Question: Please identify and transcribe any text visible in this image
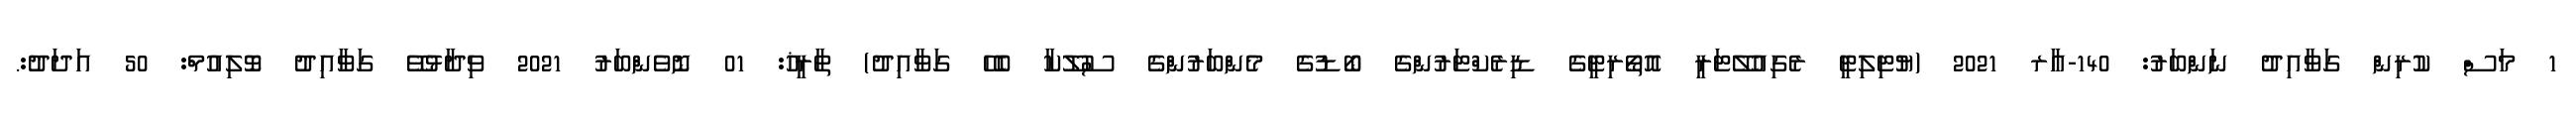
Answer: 1 މަސް ކުރިން ގަވާއިދު ނަންބަރު: 140-އާރ 2021 (ޔުޓިލިޓީ ރެގިއުލޭޓަރީ އޮތޯރިޓީގެ ޑިރެކްޓަރުންގެ ބޯޑުގެ މެންބަރުންގެ ސުލޫކާ ބެހޭ ގަވާއިދު) ތާރީޚު: 01 ނޮވެންބަރު 2021 ވިދާޅުވޭ ގަވާއިދު ވޮލިއުމް: 50 އަދަދު:.